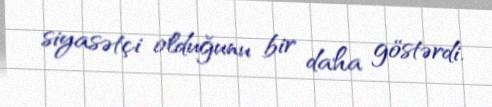
siyasətçi olduğunu bir daha göstərdi.